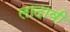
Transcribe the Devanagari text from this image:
लादावी